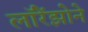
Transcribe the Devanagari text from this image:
लॉरेंझोने